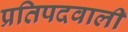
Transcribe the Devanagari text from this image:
प्रतिपदवाली